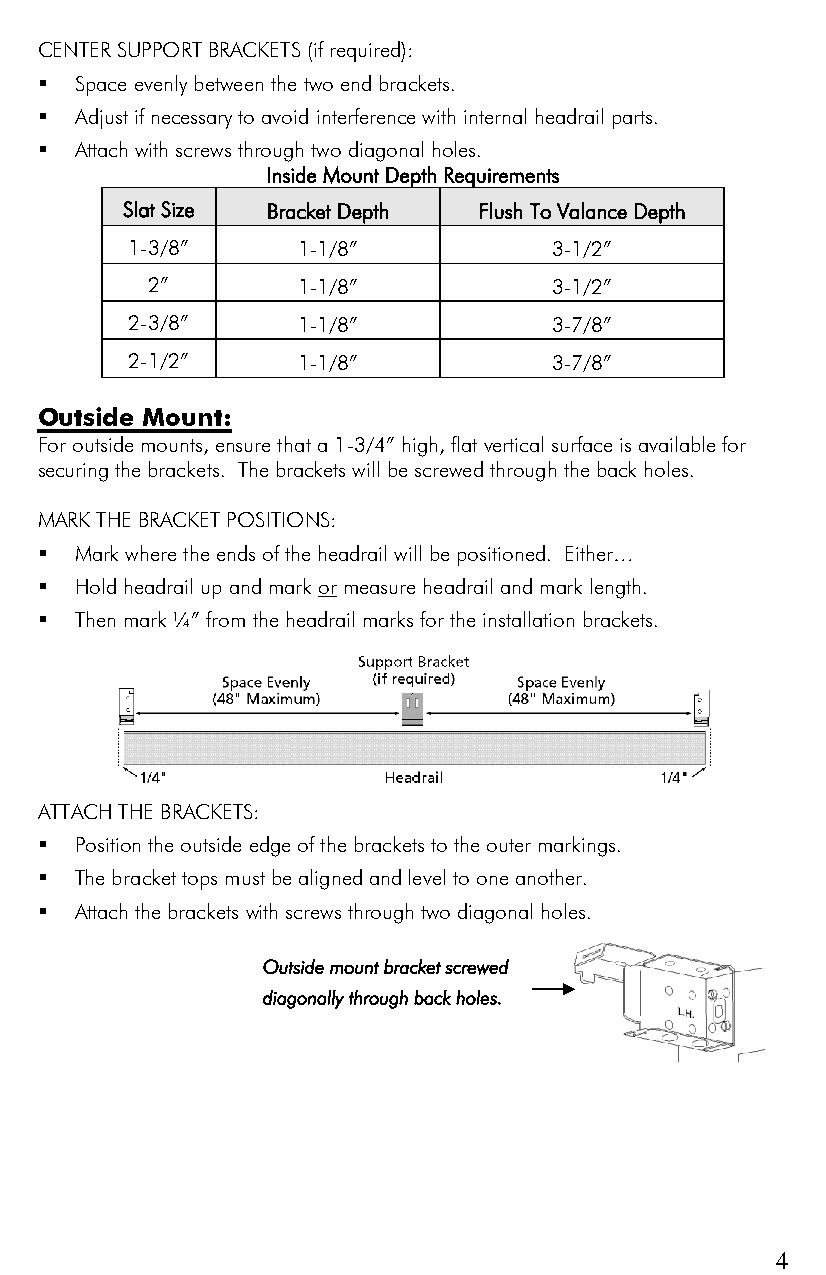
CENTER SUPPORT BRACKETS (if required):
   Space evenly between the two end brackets.
   Adjust if necessary to avoid interference with internal headrail parts.
   Attach with screws through two diagonal holes.
 Inside Mount Depth Requirements
 Slat Size Bracket Depth Flush To Valance Depth
 1-3/8”      1-1/8”          3-1/2”
 2”        1-1/8”          3-1/2”
 2-3/8”      1-1/8”          3-7/8”
 2-1/2”      1-1/8”          3-7/8”
 Outside Mount:
 For outside mounts, ensure that a 1-3/4” high, flat vertical surface is available for
 securing the brackets. The brackets will be screwed through the back holes.
 MARK THE BRACKET POSITIONS:
   Mark where the ends of the headrail will be positioned. Either…
   Hold headrail up and mark or measure headrail and mark length.
   Then mark ¼” from the headrail marks for the installation brackets.
 ATTACH THE BRACKETS:
   Position the outside edge of the brackets to the outer markings.
   The bracket tops must be aligned and level to one another.
   Attach the brackets with screws through two diagonal holes.
 Outside mount bracket screwed
 diagonally through back holes.
 4